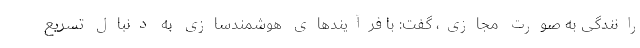
رانندگی به صورت مجازی، گفت: با فرآیندهای هوشمندسازی به دنبال تسریع